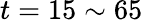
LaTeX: t=15\sim 65